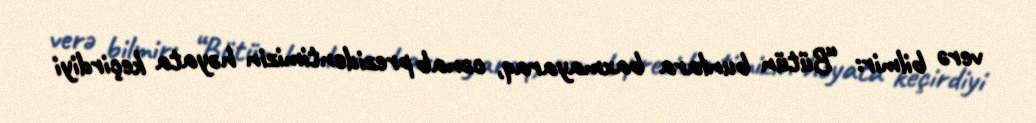
verə bilmir: “Bütün bunlara baxmayaraq, cənab prezidentimizin həyata keçirdiyi